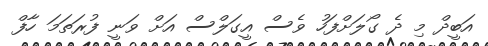
އަބީދް މި ދެ ގޯލަށްފަހު ވެސް އީގަލްސް އަށް ވަނީ ފުރަތަމަ ހާފް